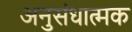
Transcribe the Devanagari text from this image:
अनुसंधात्मक